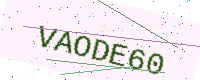
Text: VAODE60